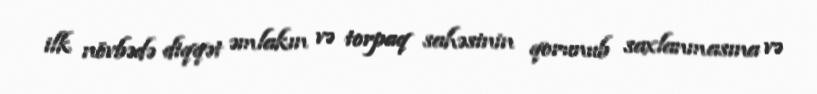
ilk növbədə diqqət əmlakın və torpaq sahəsinin qorunub saxlanmasına və